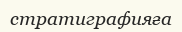
стратиграфияға